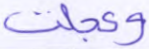
وعجلت